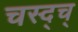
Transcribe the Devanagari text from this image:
चस्द्च्